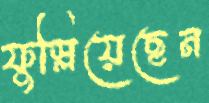
ফুস্‌লিয়েছেন